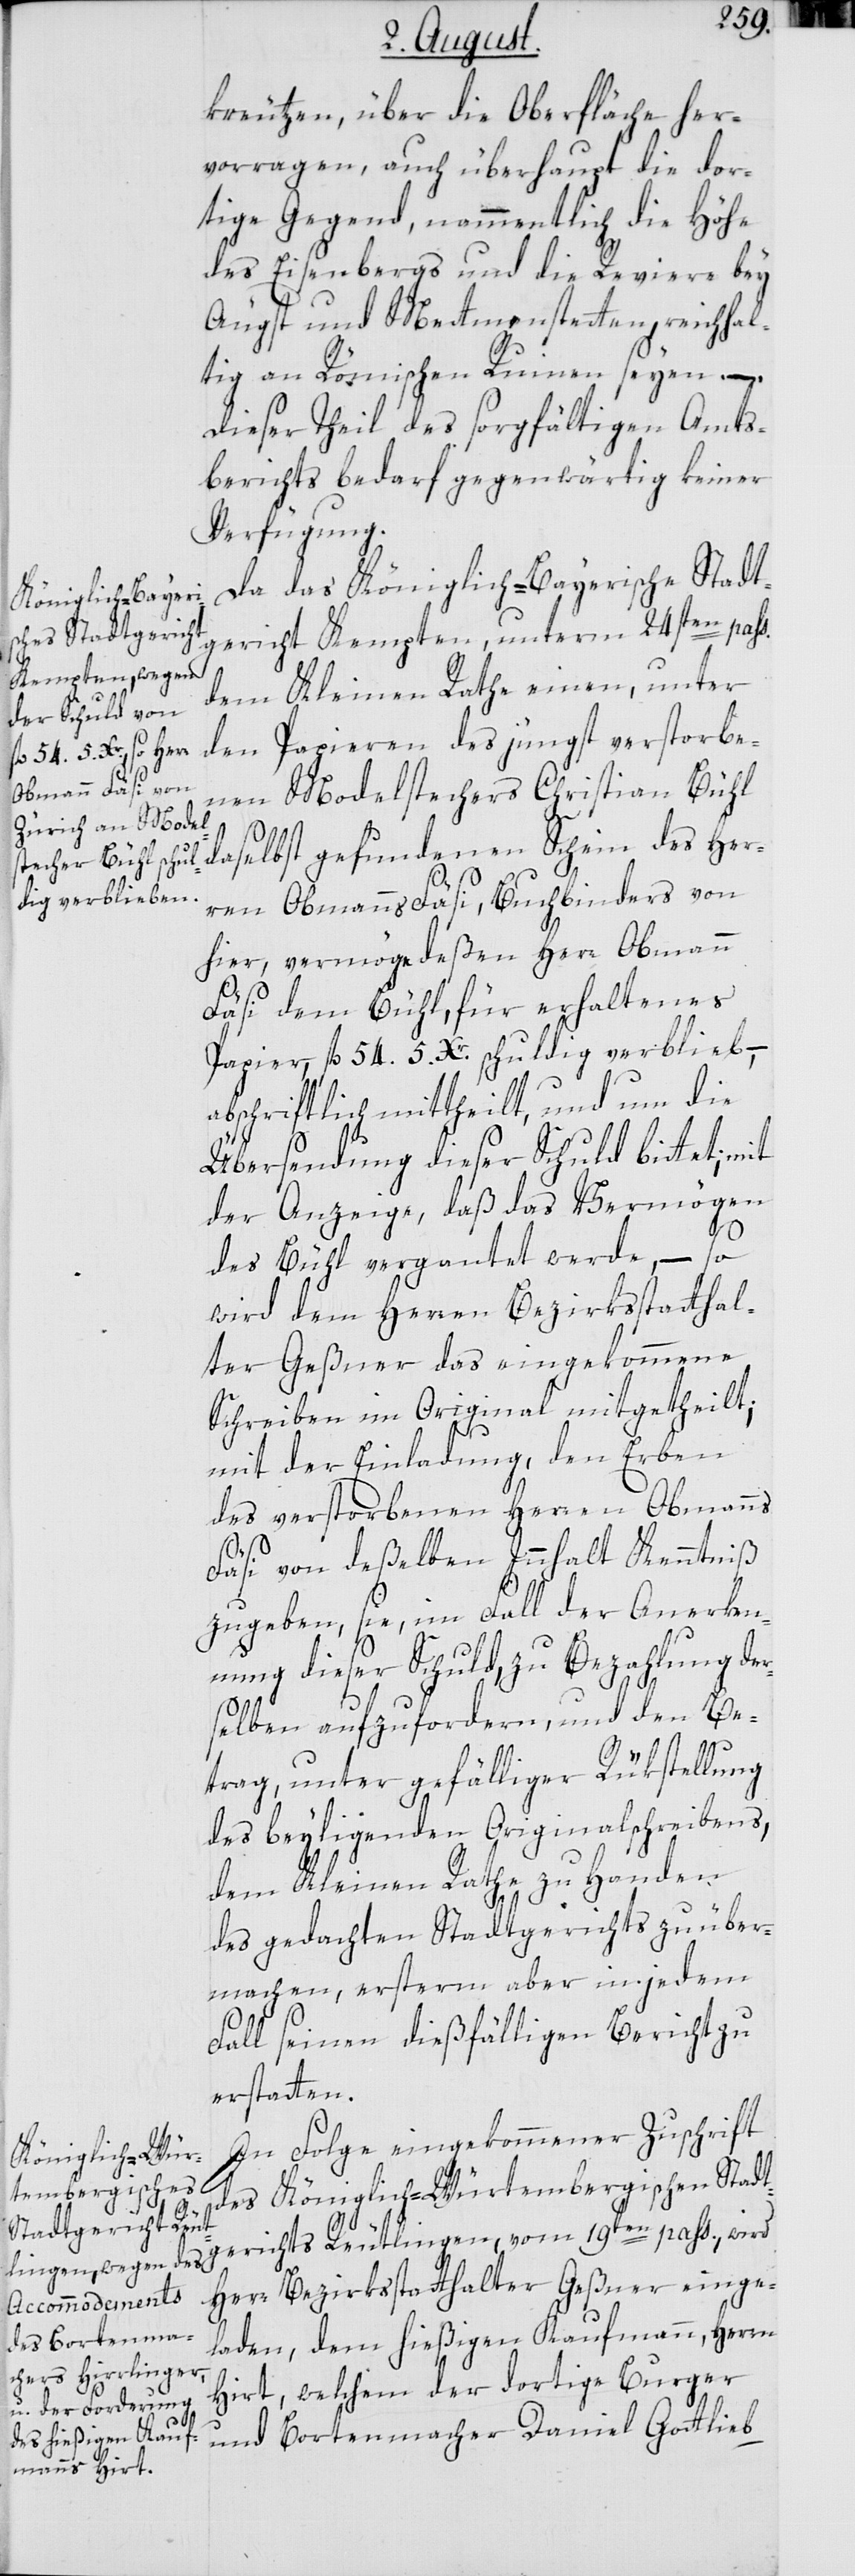
kreutzen, über die Oberfläche her¬
vorragen, auch überhaupt die dor¬
tige Gegend, nammentlich die Höhe
des Eisenbergs und die Reviere bey
Äugst und Mettmenstetten, reichhal¬
tig an Römischen Ruinen seyen, –
dieser Theil des sorgfältigen Amts¬
berichts bedarf gegenwärtig keiner
Verfügung.
Da das Königlich-Bayerische Stadt¬
gericht Kempten, unterm 24sten pass.
dem Kleinen Rathe einen, unter
den Papieren des jüngst verstorbe¬
nen Modelstechers Christian Bühl
daselbst gefundenen Schein des Her¬
ren Obmanns Fäsi, Buchbinders von
hier, vermöge deßen Herr Obmann
Fäsi dem Bühl, für erhaltenes
Papier, fl. 54 5. Xr. schuldig verblieb, –
abschriftlich mittheilt, und um die
Übersendung dieser Schuld bittet;
der Anzeige, daß das Vermögen
des Bühl vergantet werde, – so
wird dem Herren Bezirksstatthal¬
ter Geßner das eingekommene
Schreiben im Original mitgetheilt;
mit der Einladung, den Erben
des verstorbenen Herren Obmanns
Fäsi von deßelben Innhalt Kenntniß
zu geben, sie, im Fall der Anerken¬
nung dieser Schuld, zu Bezahlung der¬
selben aufzufordern, und den Be¬
trag, unter gefälliger Rükstellung
des beyliegenden Originalschreibens,
dem Kleinen Rathe zu Handen
des gedachten Stadtgerichts zu über¬
machen, ersterm aber in jedem
Fall seinen dießfälligen Bericht zu
erstatten.
In Folge eingekommener Zuschrift
des Königlich-Württembergischen Stadt¬
gerichts Reutlingen, vom 19ten pass., wird
Herr Bezirksstatthalter Geßner einge¬
laden, dem hießigen Kaufmann, Herren
Hirt, welchem der dortige Burger
und Bortenmacher Daniel Gottlieb